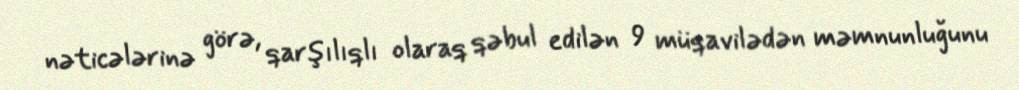
nəticələrinə görə, qarşılıqlı olaraq qəbul edilən 9 müqavilədən məmnunluğunu